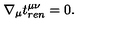
\nabla _ { \mu } t _ { r e n } ^ { \mu \nu } = 0 .